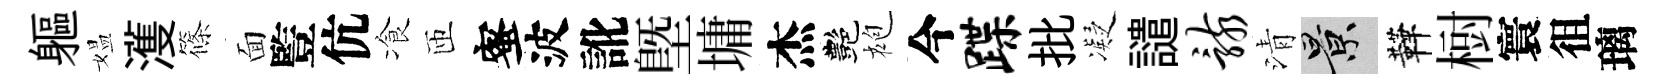
軀媪濩篠面䜿伉飡匝蜜波訛塈墉杰艷袍今蹀批凝譴骸清景鞾𣗳寰徂璃